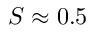
S \approx 0 . 5